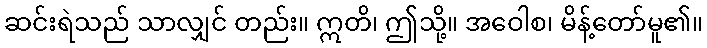
ဆင်းရဲသည် သာလျှင် တည်း။ ဣတိ၊ ဤသို့။ အဝေါစ၊ မိန့်တော်မူ၏။